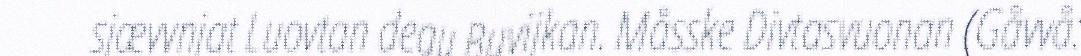
sjævvnjat Luovtan degu Buvijkan. Måsske Divtasvuonan (Gåvvå: